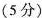
（5分）